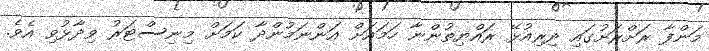
މަންފާ ރަށްރަށުގައި ދިރިއުޅޭ ރައްޔިތުންނާ ހަމައަށް އަންނަމުންދާ ކަމަށް މިނިސްޓަރު ވިދާޅުވި އެވެ.